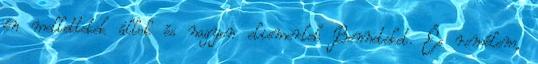
én mellettetek állok és nagyon elismerlek Benneteket. És remélem,